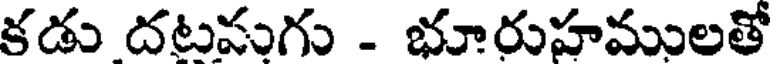
కడు దటనుగు - భూరుహములతో